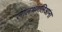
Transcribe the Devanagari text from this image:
लालथंगलिआना